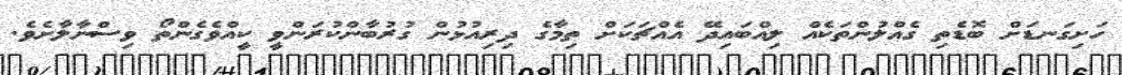
ހަށިގަނޑަށް ބޮޑެތި ގެއްލުންތަކެއް ލިއްބައިދޭ އެއްޗަކަށް ތިމާގެ ދިރިއުޅުން ގުރުބާންކުރަންވީ ކީއްވެގެންތޯ ވިސްނާލާށެވެ.